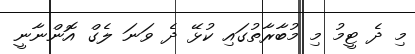
މި ދެ ޓީމު މި މުބާރާތުގައި ކުޅޭ ދެ ވަނަ ލެގް އޮންނާނީ